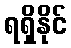
ရရှိနိုင်